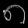
Digit: ၈